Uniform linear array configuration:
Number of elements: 4
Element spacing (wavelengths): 1
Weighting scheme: kaiser
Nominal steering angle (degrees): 60
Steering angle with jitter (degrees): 58.517
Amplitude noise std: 0.05
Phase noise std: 0.05

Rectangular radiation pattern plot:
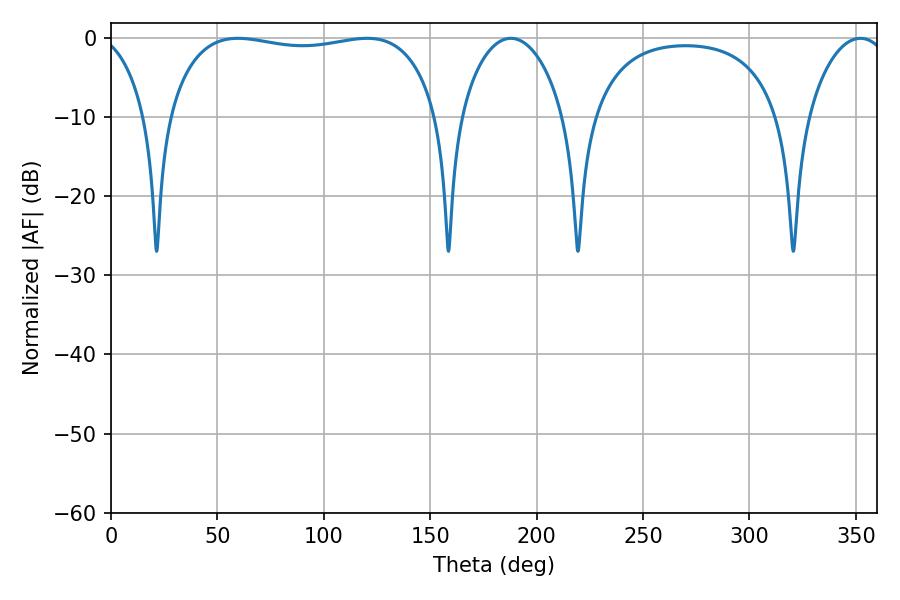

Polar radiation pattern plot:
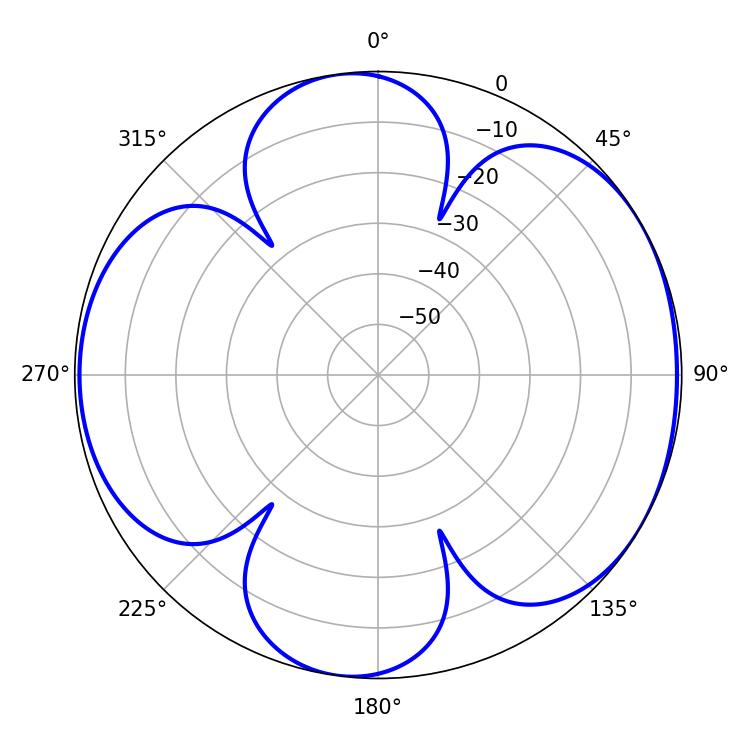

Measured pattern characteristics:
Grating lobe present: TRUE
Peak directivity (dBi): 5.858
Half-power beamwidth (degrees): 102.6
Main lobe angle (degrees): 59.58